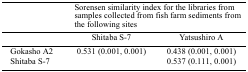
<table><thead><tr><td></td><td colspan="2"><b>Sorensen similarity index for the libraries from samples collected from fish farm sediments from the following sites</b></td></tr><tr><td></td><td><b>Shitaba S-7</b></td><td><b>Yatsushiro A</b></td></tr></thead><tbody><tr><td>Gokasho A2</td><td>0.531 (0.001, 0.001)</td><td>0.438 (0.001, 0.001)</td></tr><tr><td>Shitaba S-7</td><td></td><td>0.537 (0.111, 0.001)</td></tr></tbody></table>